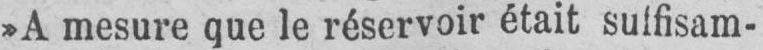
»A mesure que le réservoir était sulfisam-